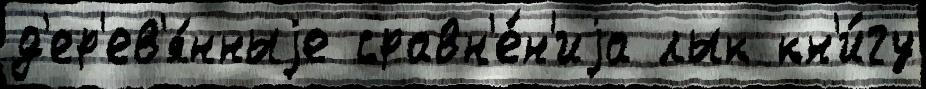
д'ер'ев'я́нныjе сравн'е́н'иjа лык кн'и́гу